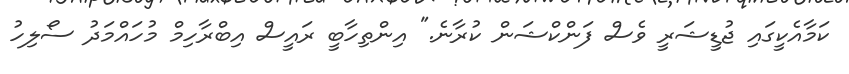
ކަމާއެކީގައި ޖުޑީޝަރީ ވެސް ފަންކްޝަން ކުރާނެ." އިންތިހާބީ ރައީސް އިބްރާހިމް މުހައްމަދު ސޯލިހު